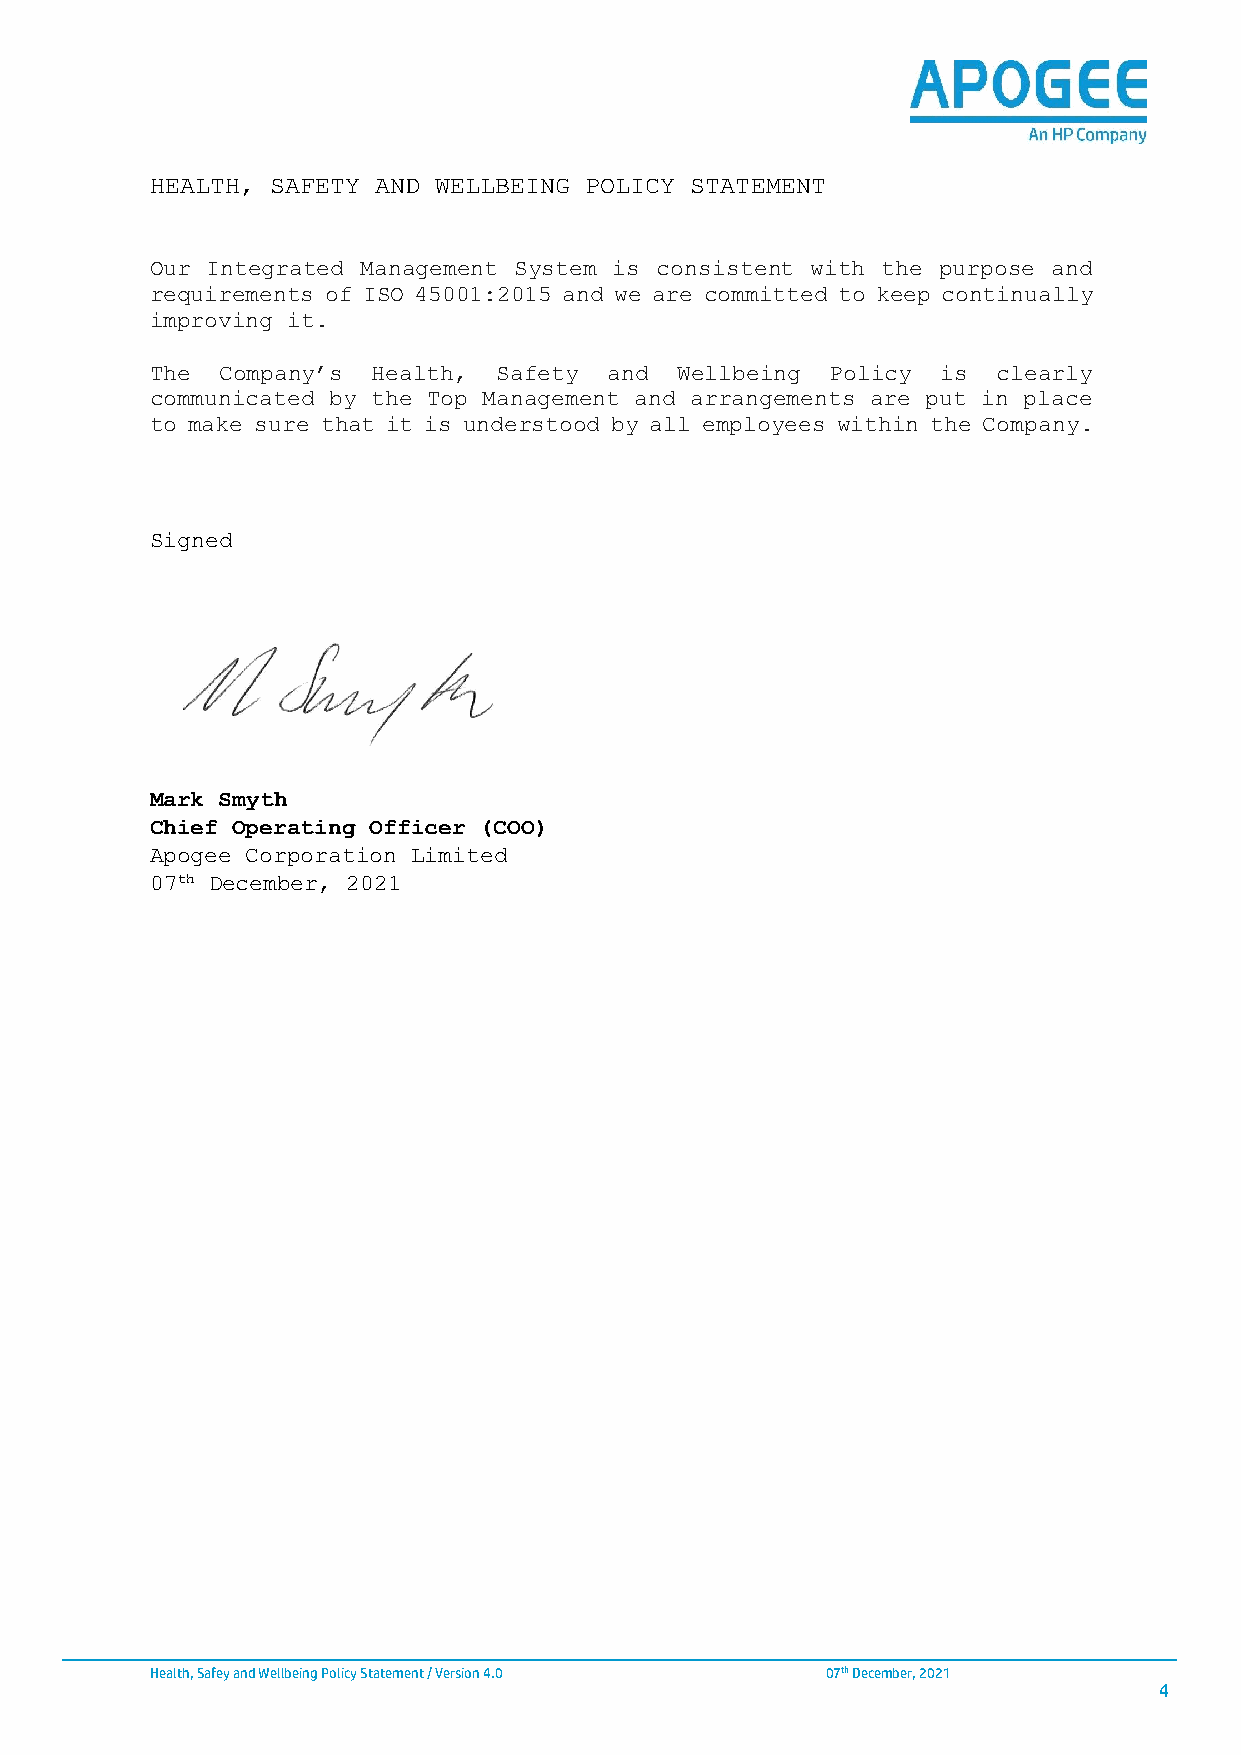
HEALTH, SAFETY AND WELLBEING POLICY STATEMENT
 Our Integrated Management System is consistent with the purpose and
 requirements of ISO 45001:2015 and we are committed to keep continually
 improving it.
 The  Company’s Health, Safety and  Wellbeing Policy is  clearly
 communicated by the Top Management and arrangements are put in place
 to make sure that it is understood by all employees within the Company.
 Signed
 Mark Smyth
 Chief Operating Officer (COO)
 Apogee Corporation Limited
 07th December, 2021
 Health, Safey and Wellbeing Policy Statement / Version 4.0 07th December, 2021
 4